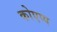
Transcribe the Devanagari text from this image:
कोएप्प